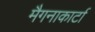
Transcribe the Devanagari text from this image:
मैगनाकार्टा